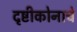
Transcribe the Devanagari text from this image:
दृष्टीकोनाचे